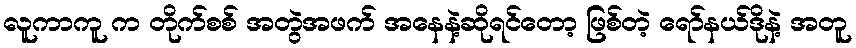
လူကာကူ က တိုက်စစ် အတွဲအဖက် အနေနဲ့ဆိုရင်တော့ ဖြစ်တဲ့ ရော်နယ်ဒိုနဲ့ အတူ